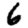
Digit: 6